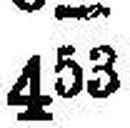
453